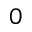
0